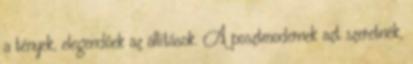
a tények, elegendőek az állítások. A posztmodernek azt szeretnék,